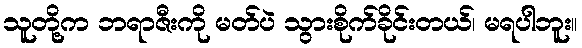
သူတို့က ဘရာဇီးကို မတ်ပဲ သွားစိုက်ခိုင်းတယ်၊ မရပါဘူး။